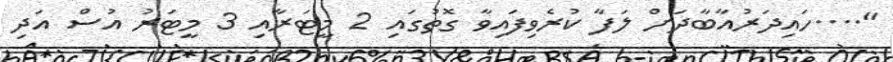
"....ހައިދަރުއާބާދަށް ލަފާ ކުރެވިފައިވާ ގޮތުގައި 2 މީޓަރާއި 3 މީޓަރު އުސް އަދި